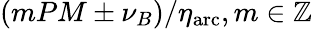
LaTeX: (mPM\pm\nu_{B})/\eta_{\mathrm{arc}},m\in\mathbb{Z}